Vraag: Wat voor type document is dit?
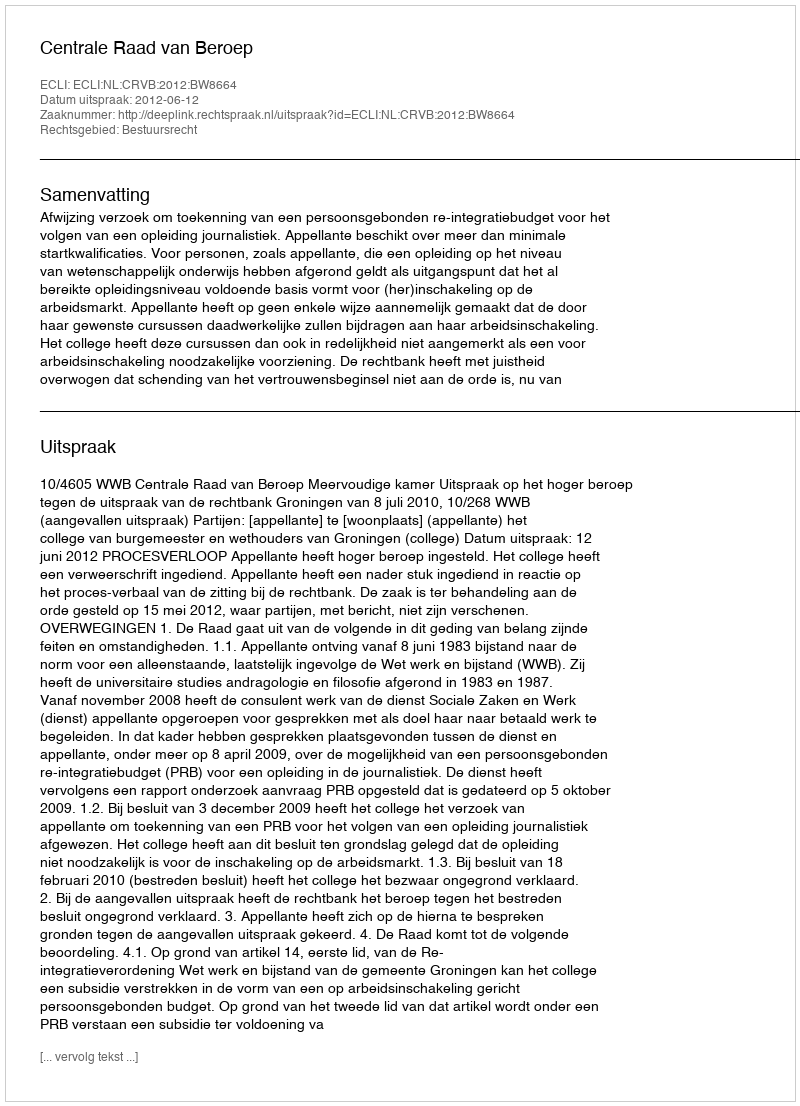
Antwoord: Uitspraak